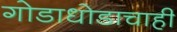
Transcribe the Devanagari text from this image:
गोडाधोडाचाही